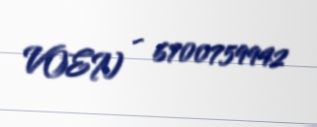
VOEN - 6700759942